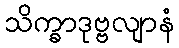
သိက္ခာဒုဗ္ဗလျာနံ